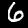
Digit: 6